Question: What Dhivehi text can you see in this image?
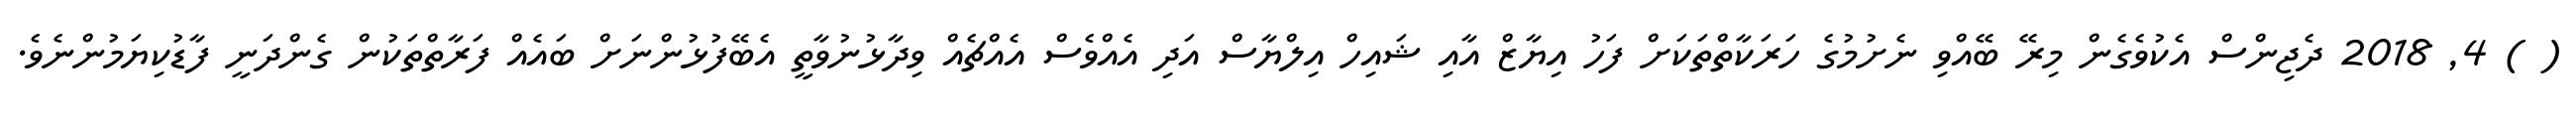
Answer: ( ) 4, 2018 ދެޖިންސް އެކުވެގެން މިރޭ ބޭއްވި ނެށުމުގެ ހަރަކާތްތަކަށް ފަހު އިޔާޒް އާއި ޝައިހް އިލްޔާސް އަދި އެއްވެސް އެއްޗެއް ވިދާޅުނުވާތީ އެބޭފުޅުންނަށް ބައެއް ފަރާތްތަކުން ގެންދަނީ ފާޑުކިޔަމުންނެވެ.